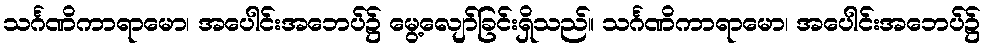
သင်္ဂဏိကာရာမော၊ အပေါင်းအဘေပ်၌ မွေ့လျော်ခြင်းရှိသည်။ သင်္ဂဏိကာရာမော၊ အပေါင်းအဘေပ်၌